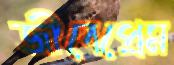
জীবেপ্রেম